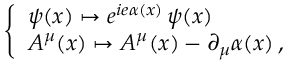
\left\{ \begin{array} { l } { \psi ( x ) \mapsto e ^ { i e \alpha ( x ) } \, \psi ( x ) } \\ { A ^ { \mu } ( x ) \mapsto A ^ { \mu } ( x ) - \partial _ { \mu } \alpha ( x ) \, , } \end{array} \right.